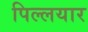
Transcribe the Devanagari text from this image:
पिल्लयार